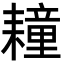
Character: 𦔛